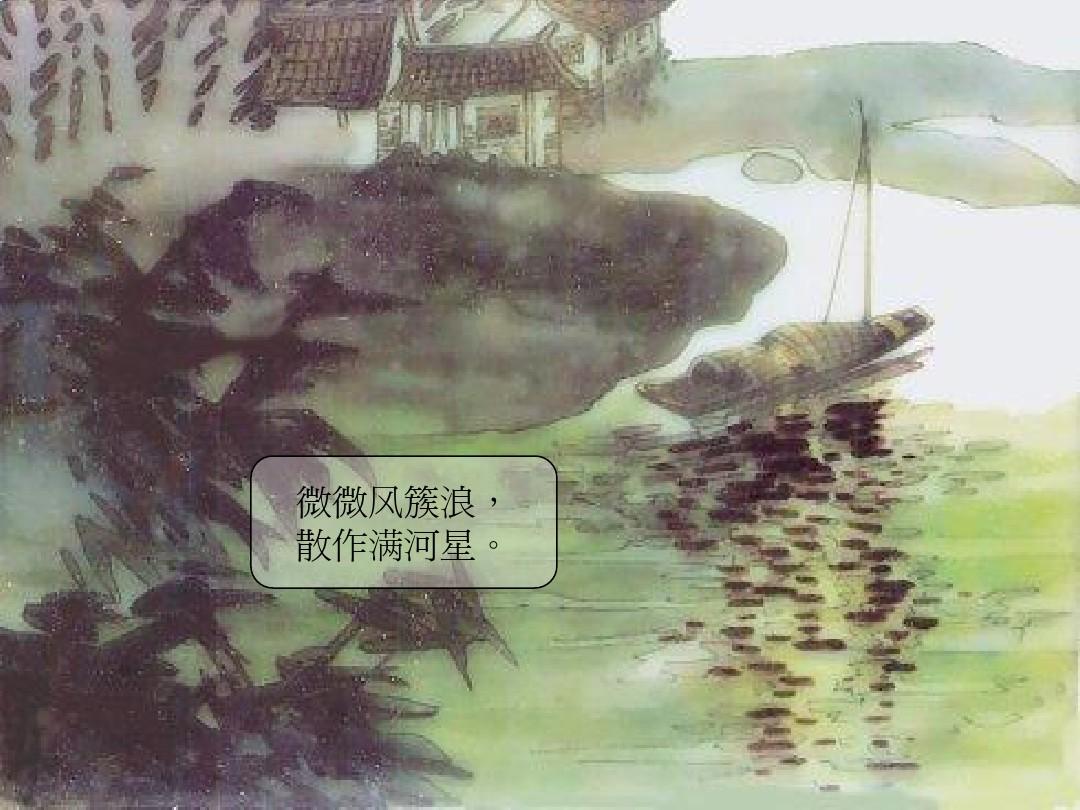
微微风簇浪，散作满河星。